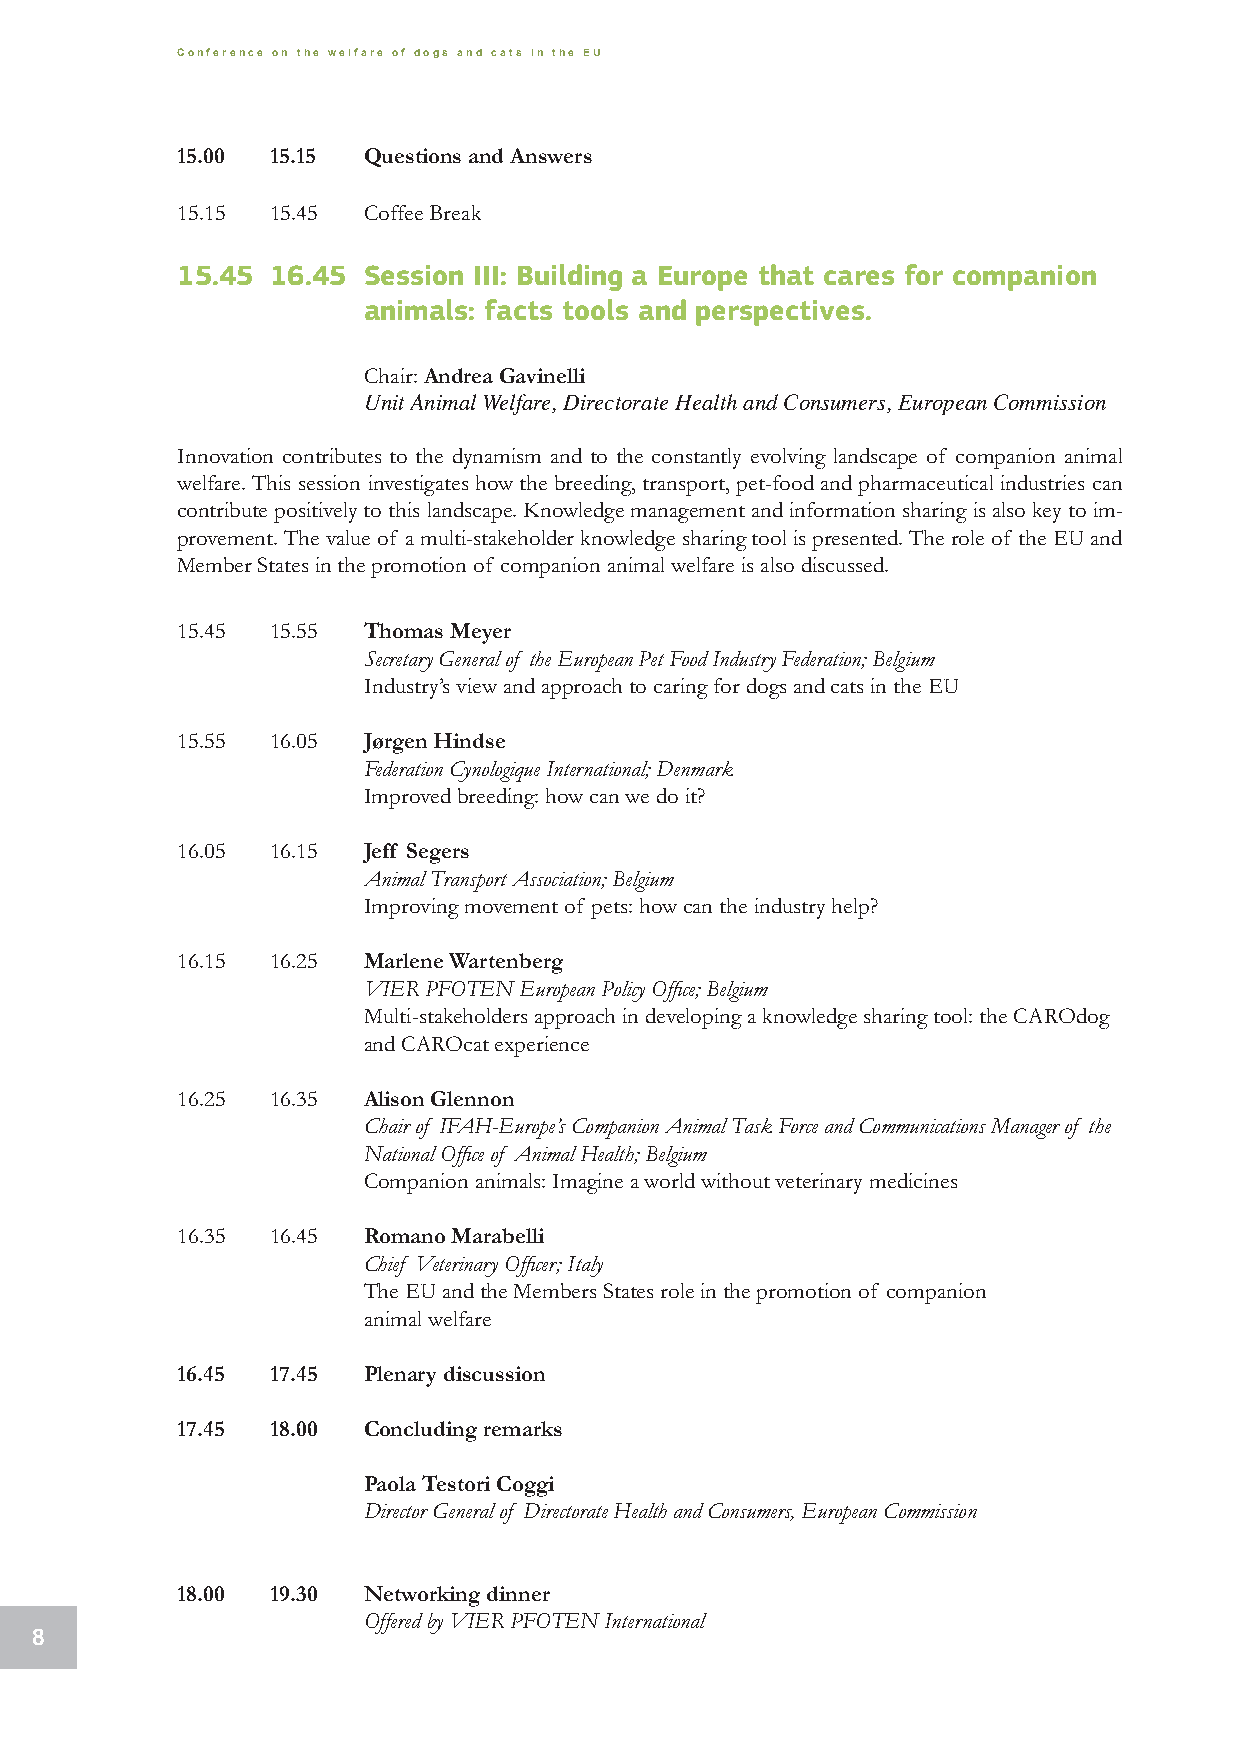
Conference on the welfare of dogs and cats in the EU
 15.00 15.15 Questions and Answers
 15.15 15.45 Coffee Break
 15.45 16.45 Session III: Building a Europe that cares for companion
 animals: facts tools and perspectives.
 Chair: Andrea Gavinelli
 Unit Animal Welfare, Directorate Health and Consumers, European Commission
 Innovation contributes to the dynamism and to the constantly evolving landscape of companion animal
 welfare. This session investigates how the breeding, transport, pet-food and pharmaceutical industries can
 contribute positively to this landscape. Knowledge management and information sharing is also key to im-
 provement. The value of a multi-stakeholder knowledge sharing tool is presented. The role of the EU and
 Member States in the promotion of companion animal welfare is also discussed.
 15.45 15.55 Thomas Meyer
 Secretary General of the European Pet Food Industry Federation; Belgium
 Industry’s view and approach to caring for dogs and cats in the EU
 15.55 16.05 Jørgen Hindse
 Federation Cynologique International; Denmark
 Improved breeding: how can we do it?
 16.05 16.15 Jeff Segers
 Animal Transport Association; Belgium
 Improving movement of pets: how can the industry help?
 16.15 16.25 Marlene Wartenberg
 VIER PFOTEN European Policy Office; Belgium
 Multi-stakeholders approach in developing a knowledge sharing tool: the CAROdog
 and CAROcat experience
 16.25 16.35 Alison Glennon
 Chair of IFAH-Europe’s Companion Animal Task Force and Communications Manager of the
 National Office of Animal Health; Belgium
 Companion animals: Imagine a world without veterinary medicines
 16.35 16.45 Romano Marabelli
 Chief Veterinary Officer; Italy
 The EU and the Members States role in the promotion of companion
 animal welfare
 16.45 17.45 Plenary discussion
 17.45 18.00 Concluding remarks
 Paola Testori Coggi
 Director General of Directorate Health and Consumers, European Commission
 18.00 19.30 Networking dinner
 Offered by VIER PFOTEN International
 8